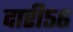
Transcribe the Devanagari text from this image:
दारी५६